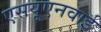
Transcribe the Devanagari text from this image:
एसयूएनवाई